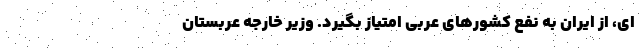
ای، از ایران به نفع کشورهای عربی امتیاز بگیرد. وزیر خارجه عربستان